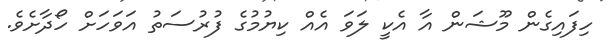
ހިފައިގެން މޫޝަން އާ އެކީ ލަވަ އެއް ކިޔުމުގެ ފުރުސަތު އަވަހަށް ހޯދާށެވެ.